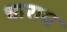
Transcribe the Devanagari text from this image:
धाराय